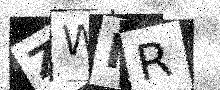
Text: ZWIR